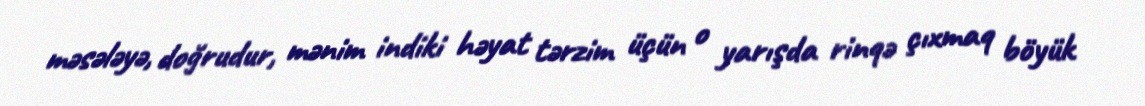
məsələyə, doğrudur, mənim indiki həyat tərzim üçün o yarışda rinqə çıxmaq böyük